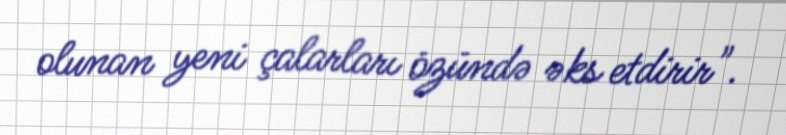
olunan yeni çalarları özündə əks etdirir".